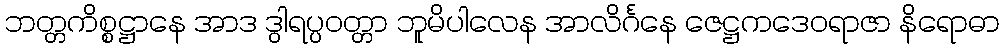
ဘတ္တကိစ္စဋ္ဌာနေ အာဒ ဒွါရပ္ပဝတ္တာ ဘူမိပါလေန အာလိင်္ဂနေ ဇေဋ္ဌကဒေဝရာဇာ နိရောဓာ